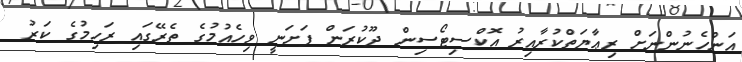
އަންހެނުންނަށް ރިޢާޔަތްކުރާއިރު އޮކްސިޓޯސިން ދޫކުރަން ފަށަނީ ވިހެއުމުގެ ތެރޭގައި ރަހިމުގެ ކަރު